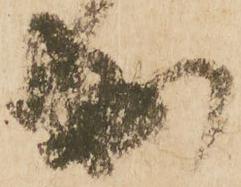
出